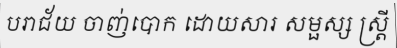
បរាជ័យ ចាញ់បោក ដោយសារ សម្ផស្ស ស្ត្រី